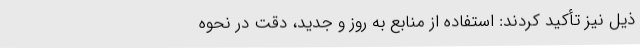
ذیل نیز تأکید کردند: استفاده از منابع به روز و جدید، دقت در نحوه